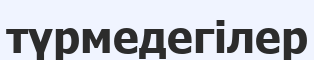
түрмедегілер